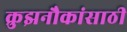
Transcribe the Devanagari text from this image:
क्रुझनौकांसाठी